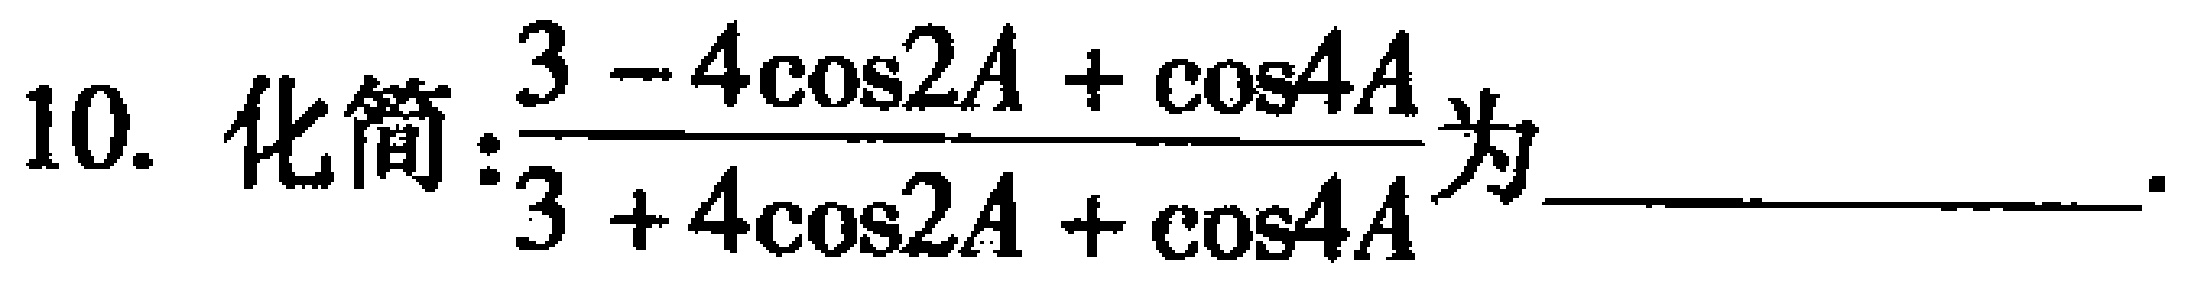
10. 化简:$\frac{3 - 4\cos2A + \cos4A}{3 + 4\cos2A + \cos4A}$为_____________.